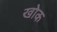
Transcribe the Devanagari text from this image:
खोक